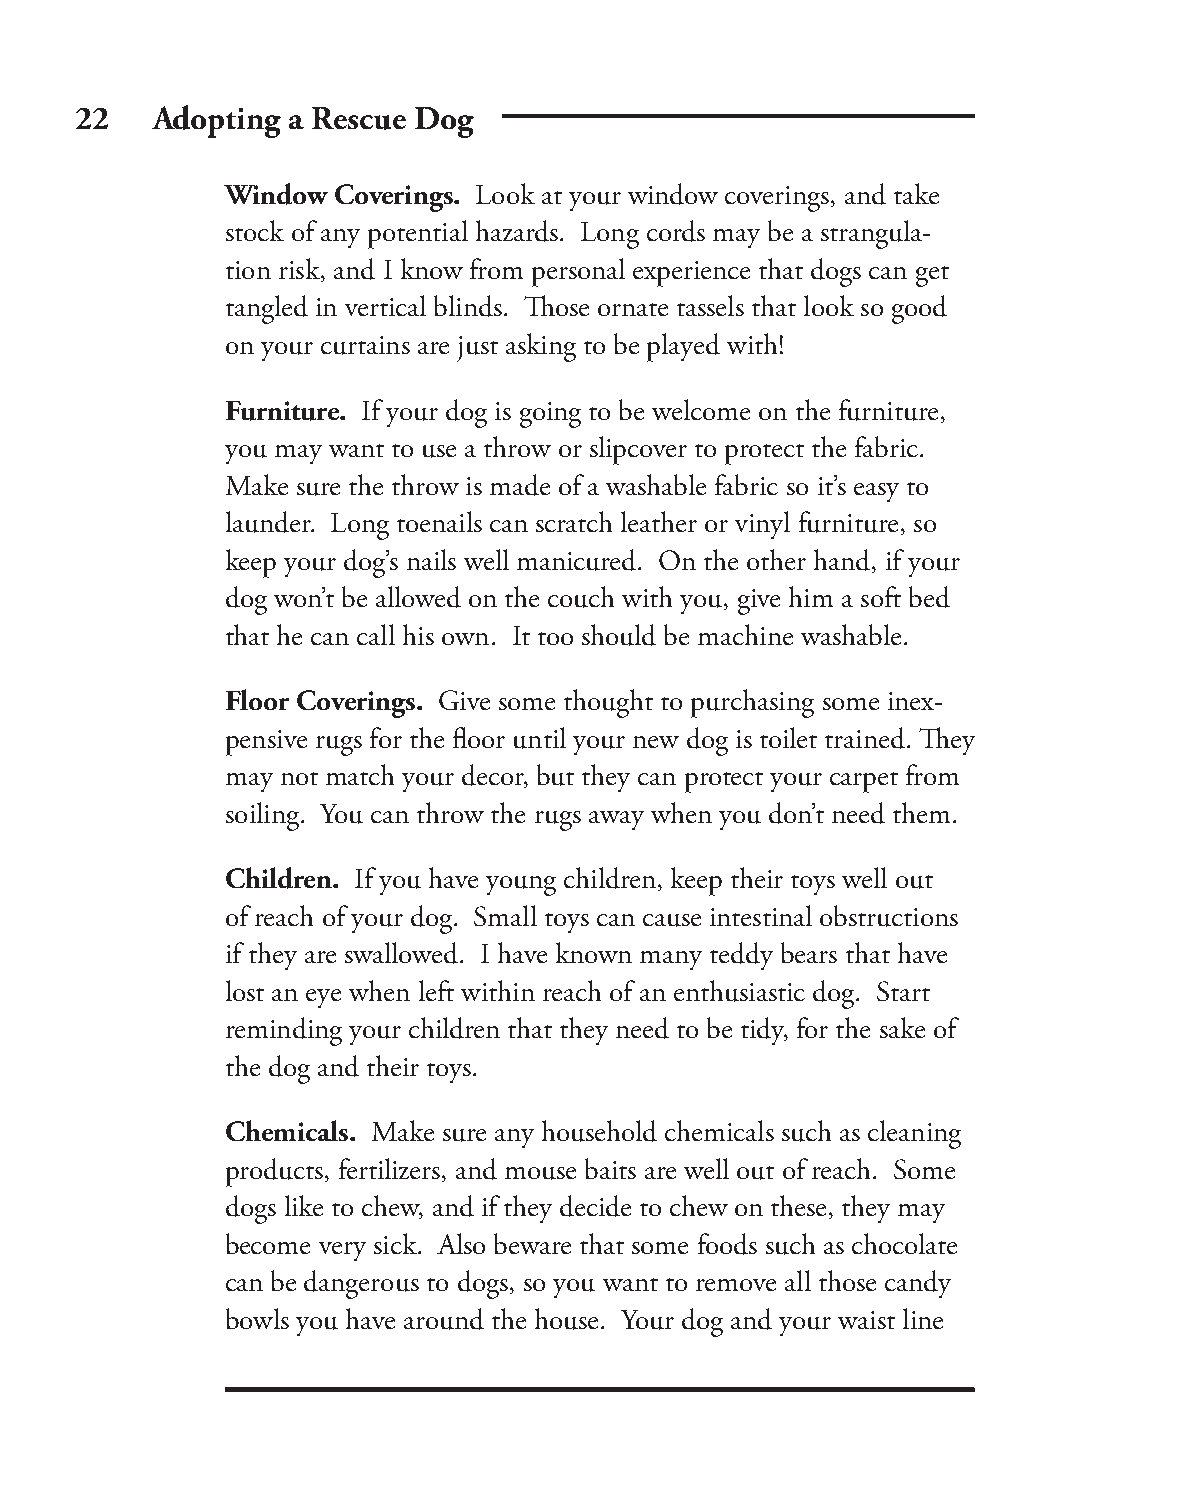
22   Adopting a Rescue Dog
 Window Coverings. Look at your window coverings, and take
 stock of any potential hazards. Long cords may be a strangula-
 tion risk, and I know from personal experience that dogs can get
 tangled in vertical blinds. Th ose ornate tassels that look so good
 on your curtains are just asking to be played with!
 Furniture. If your dog is going to be welcome on the furniture,
 you may want to use a throw or slipcover to protect the fabric.
 Make sure the throw is made of a washable fabric so it’s easy to
 launder. Long toenails can scratch leather or vinyl furniture, so
 keep your dog’s nails well manicured. On the other hand, if your
 dog won’t be allowed on the couch with you, give him a soft bed
 that he can call his own. It too should be machine washable.
 Floor Coverings. Give some thought to purchasing some inex-
 pensive rugs for the fl oor until your new dog is toilet trained. Th ey
 may not match your decor, but they can protect your carpet from
 soiling. You can throw the rugs away when you don’t need them.
 Children. If you have young children, keep their toys well out
 of reach of your dog. Small toys can cause intestinal obstructions
 if they are swallowed. I have known many teddy bears that have
 lost an eye when left within reach of an enthusiastic dog. Start
 reminding your children that they need to be tidy, for the sake of
 the dog and their toys.
 Chemicals. Make sure any household chemicals such as cleaning
 products, fertilizers, and mouse baits are well out of reach. Some
 dogs like to chew, and if they decide to chew on these, they may
 become very sick. Also beware that some foods such as chocolate
 can be dangerous to dogs, so you want to remove all those candy
 bowls you have around the house. Your dog and your waist line